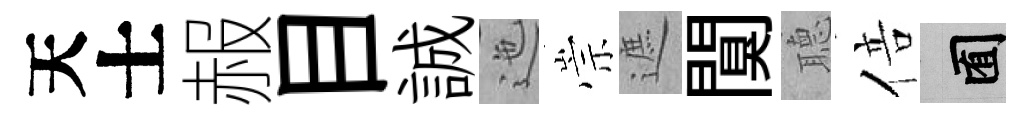
天士赧目誠迤崇遮闃𦗟倍囿